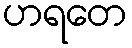
ဟရတေ